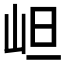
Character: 𭖌